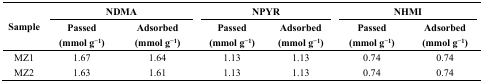
| <ROWSPAN=2> Sample | <COLSPAN=2> NDMA | <COLSPAN=2> NPYR | <COLSPAN=2> NHMI |
 | Passed (mmol g−1) | Adsorbed (mmol g−1) | Passed (mmol g−1) | Adsorbed (mmol g−1) | Passed (mmol g−1) | Adsorbed (mmol g−1) |
 | --- | --- | --- | --- | --- | --- | --- |
 | MZ1 | 1.67 | 1.64 | 1.13 | 1.13 | 0.74 | 0.74 |
 | MZ2 | 1.63 | 1.61 | 1.13 | 1.13 | 0.74 | 0.74 |